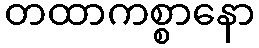
တထာကစ္စာနော